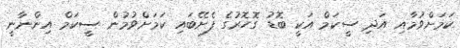
ކަމަށްވުމާއި އަދި ސީކަމް އަކީ ބޮޑު ގޮހޮރުގެ ފެށޭބައި ކަމަށްވުމުން ސީކަމް އިންނާނީ